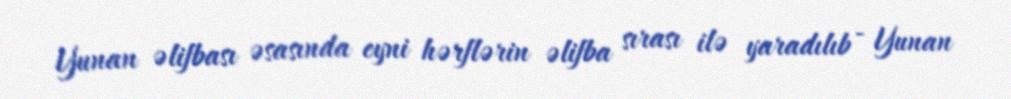
Yunan əlifbası əsasında eyni hərflərin əlifba sırası ilə yaradılıb - Yunan